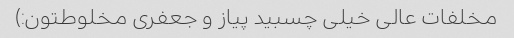
مخلفات عالی خیلی چسبید پیاز و جعفری مخلوطتون:)